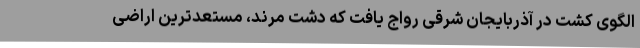
الگوی کشت در آذربایجان شرقی رواج یافت که دشت مرند، مستعدترین اراضی